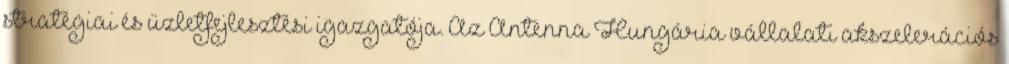
stratégiai és üzletfejlesztési igazgatója. Az Antenna Hungária vállalati akszelerációs